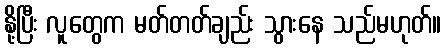
နို့ပြီး လူတွေက မတ်တတ်ချည်း သွားနေ သည်မဟုတ်။